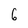
Character: 6